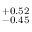
^ { + 0 . 5 2 } _ { - 0 . 4 5 }